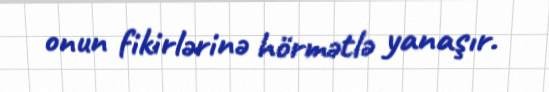
onun fikirlərinə hörmətlə yanaşır.